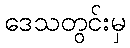
ဒေသတွင်းမှ